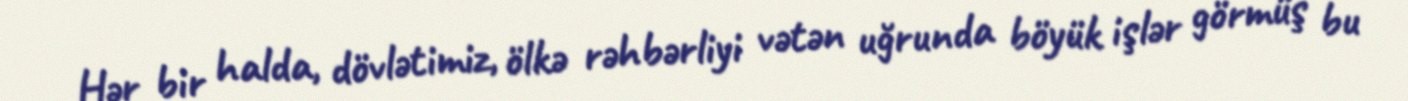
Hər bir halda, dövlətimiz, ölkə rəhbərliyi vətən uğrunda böyük işlər görmüş bu